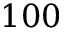
1 0 0